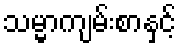
သမ္မာကျမ်းစာနှင့်